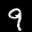
Label: 9